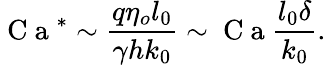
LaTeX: \mathrm{~C~a~}^{*}\sim\frac{q\eta_{o}l_{0}}{\gamma hk_{0}}\sim\mathrm{~C~a~}\frac{l_{0}\delta}{k_{0}}.